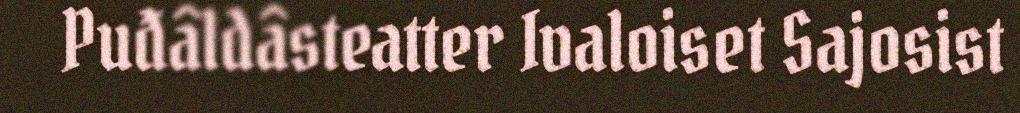
Puđâldâsteatter Ivaloiset Sajosist